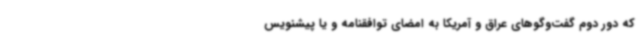
که دور دوم گفت‌وگوهای عراق و آمریکا به امضای توافقنامه و یا پیشنویس